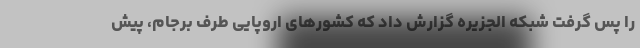
را پس گرفت شبکه الجزیره گزارش داد که کشورهای اروپایی طرف برجام، پیش